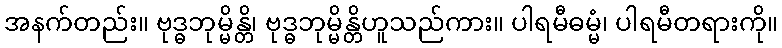
အနက်တည်း။ ဗုဒ္ဓဘုမ္မိန္တိ၊ ဗုဒ္ဓဘုမ္မိန္တိဟူသည်ကား။ ပါရမီဓမ္မံ၊ ပါရမီတရားကို။